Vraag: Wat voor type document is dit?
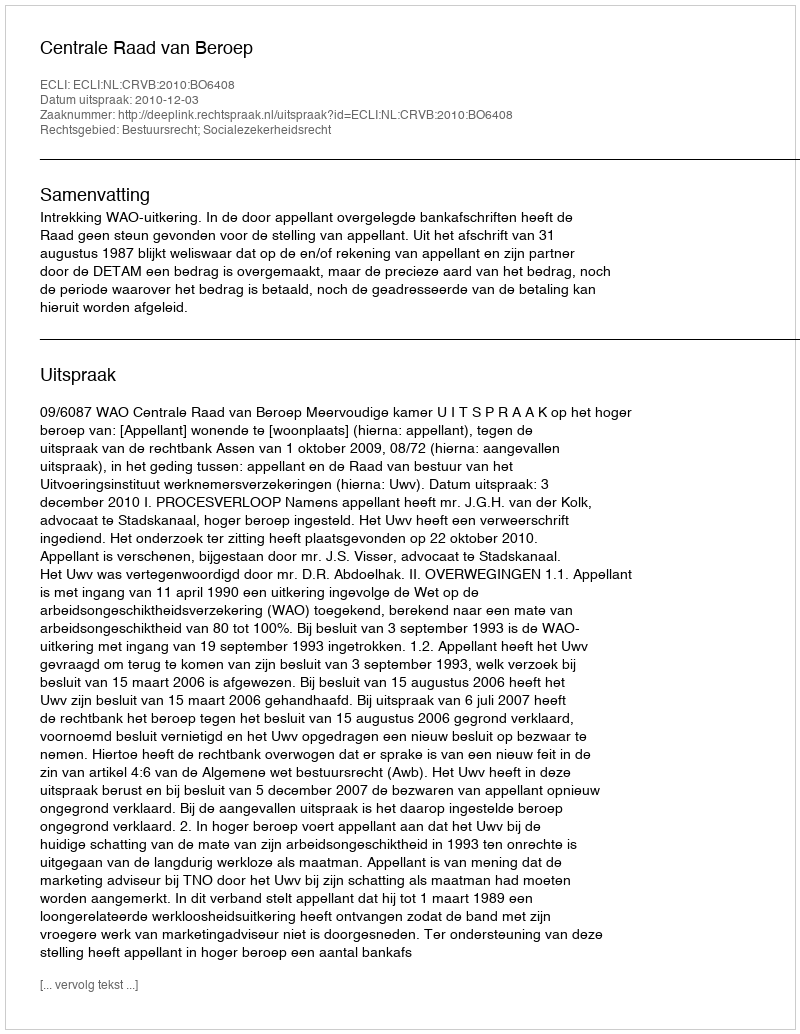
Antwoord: Uitspraak